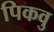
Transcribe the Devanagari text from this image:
पिकवु